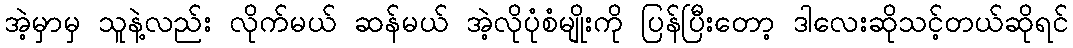
အဲ့မှာမှ သူနဲ့လည်း လိုက်မယ် ဆန်မယ် အဲ့လိုပုံစံမျိုးကို ပြန်ပြီးတော့ ဒါလေးဆိုသင့်တယ်ဆိုရင်